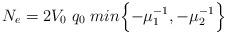
LaTeX: \begin{align*}N_{e}=2 V_0\; q_0\; min\Bigl\{-\mu_1^{-1},-\mu_2^{-1}\Bigr\}\end{align*}